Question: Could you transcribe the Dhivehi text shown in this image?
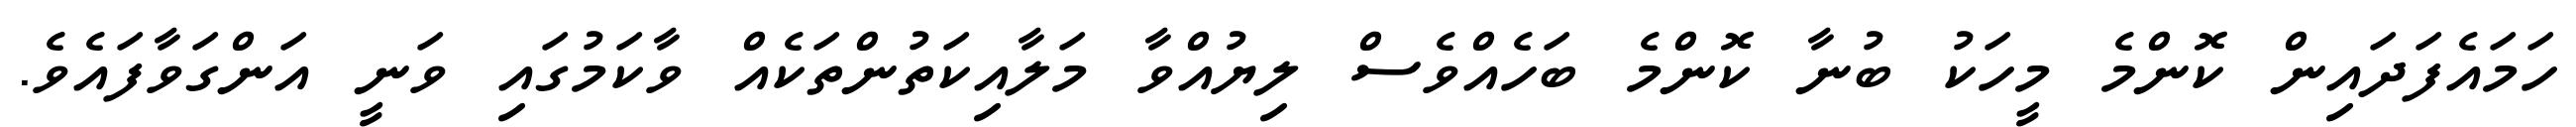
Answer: ހަމައެފަދައިން ކޮންމެ މީހަކު ބުނާ ކޮންމެ ބަހެއްވެސް ލިޔުއްވާ މަލާއިކަތުންތަކެއް ވާކަމުގައި ވަނީ އަންގަވާފައެވެ.